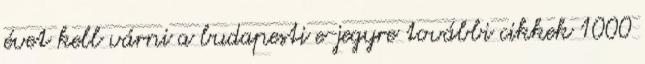
évet kell várni a budapesti e-jegyre további cikkek 1000